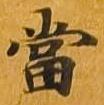
当